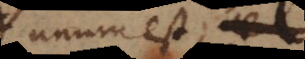
unum est, vel